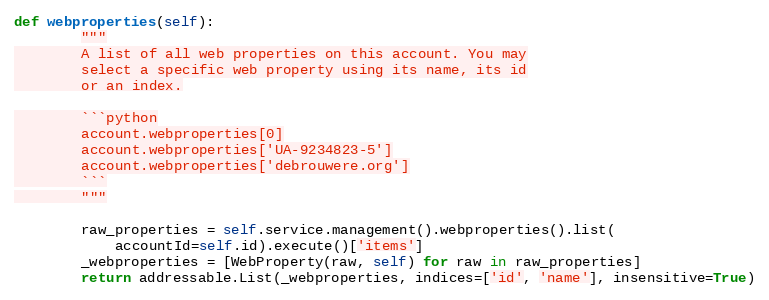
Language: Python
def webproperties(self):
        """
        A list of all web properties on this account. You may
        select a specific web property using its name, its id
        or an index.

        ```python
        account.webproperties[0]
        account.webproperties['UA-9234823-5']
        account.webproperties['debrouwere.org']
        ```
        """

        raw_properties = self.service.management().webproperties().list(
            accountId=self.id).execute()['items']
        _webproperties = [WebProperty(raw, self) for raw in raw_properties]
        return addressable.List(_webproperties, indices=['id', 'name'], insensitive=True)